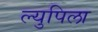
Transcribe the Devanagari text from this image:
ल्युपिला